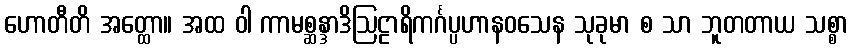
ဟောတီတိ အတ္ထော။ အထ ဝါ ကာမစ္ဆန္ဒာဒိဩဠာရိကင်္ဂပ္ပဟာနဝသေန သုခုမာ စ သာ ဘူတတာယ သစ္စာ